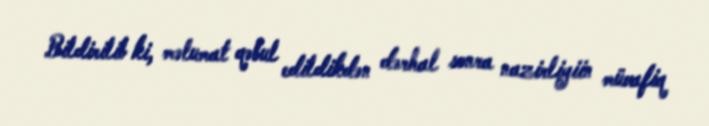
Bildirilib ki, məlumat qəbul edildikdən dərhal sonra nazirliyiin müvafiq